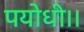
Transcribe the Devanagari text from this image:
पयोधी।।